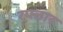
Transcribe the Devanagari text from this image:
रफ्त़ार